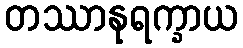
တဿာနုရက္ခာယ